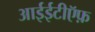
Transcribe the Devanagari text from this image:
आईईटीऍफ़